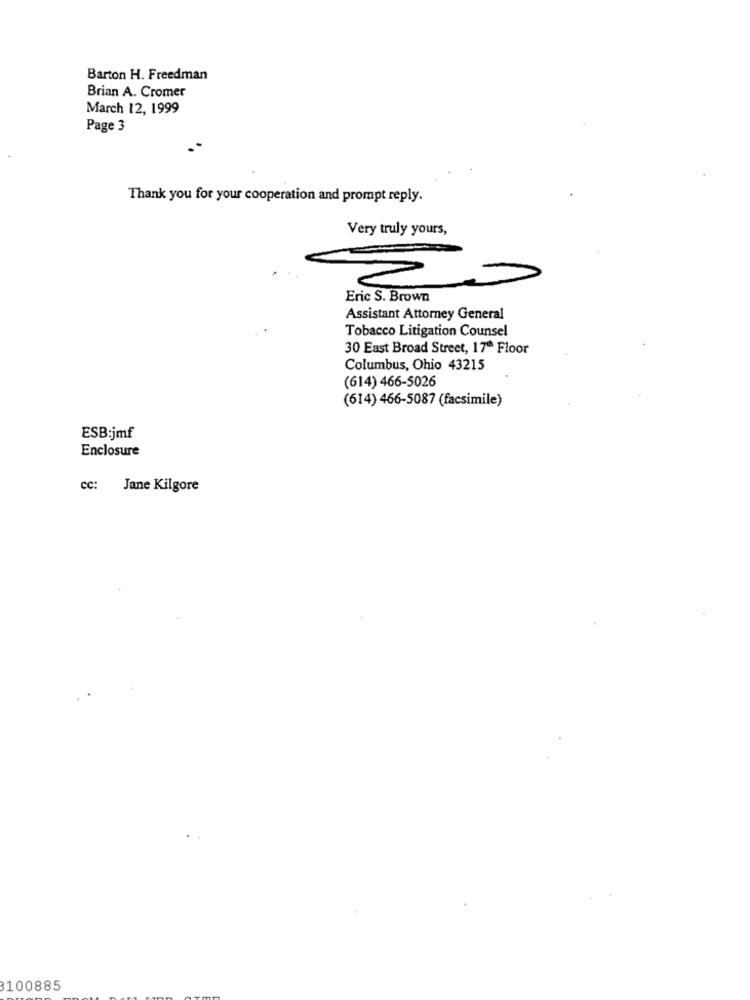
Barton H. Freedman
Brian A. Cromer
March 12, 1999
Page 3
Thank you for your cooperation and prompt reply.
Very truly yours,
Eric S. Brown
Assistant Attorney General
Tobacco Litigation Counsel
30 East Broad Street, 17ª Floor
Columbus, Ohio 43215
(614) 466-5026
(614) 466-5087 (facsimile)
ESB:jmf
Enclosure
cc: Jane Kilgore
100885